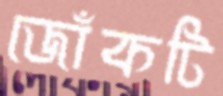
জোঁকটি